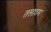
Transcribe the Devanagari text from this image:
तसादम